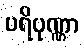
ပရိပုဏ္ဏာ